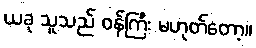
ယခု သူသည် ဝန်ကြီး မဟုတ်တော့။